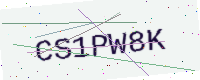
Text: CS1PW8K